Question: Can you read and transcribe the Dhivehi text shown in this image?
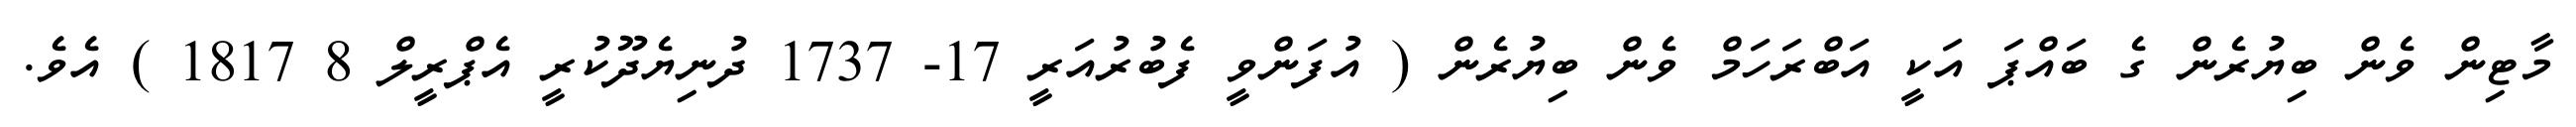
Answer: މާޓިން ވެން ބިޔުރެން ގެ ބައްޕަ އަކީ އަބްރަހަމް ވެން ބިޔުރެން ( އުފަންވީ ފެބުރުއަރީ 17- 1737 ދުނިޔެދޫކުރީ އެޕްރީލް 8 1817 ) އެވެ.